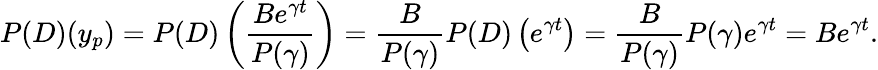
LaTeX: P(D)(y_{p})=P(D)\left({\frac{Be^{\gamma t}}{P(\gamma)}}\right)={\frac{B}{P(\gamma)}}P(D)\left(e^{\gamma t}\right)={\frac{B}{P(\gamma)}}P(\gamma)e^{\gamma t}=Be^{\gamma t}.